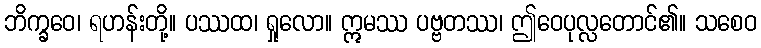
ဘိက္ခဝေ၊ ရဟန်းတို့။ ပဿထ၊ ရှုလော။ ဣမဿ ပဗ္ဗတဿ၊ ဤဝေပုလ္လတောင်၏။ သစေဝ